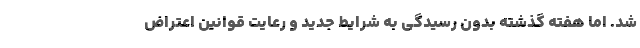
شد. اما هفته گذشته بدون رسیدگی به شرایط جدید و رعایت قوانین اعتراض